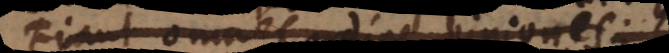
Fiant omnes ordine biniones;